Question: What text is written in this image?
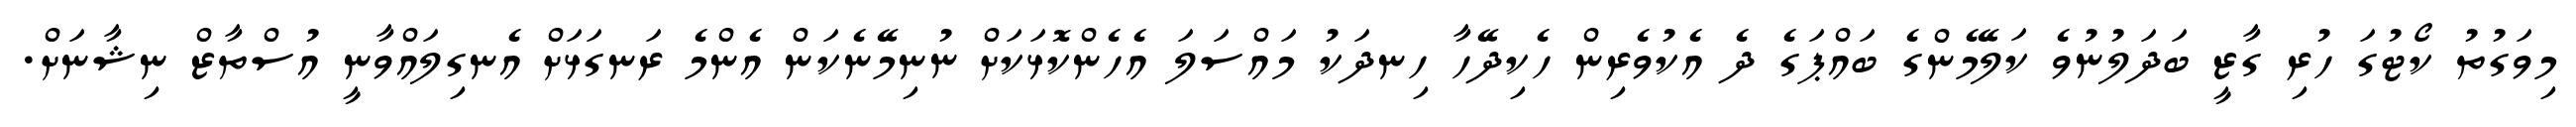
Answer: މިވަގުތު ކޯޓުގަ ހުރި ގާޒީ ބަދަލުނުވެ ކަލޭމެންގެ ބައްޕަގެ ދެ އެކުވެރިން ހެކިދޭހާ ހިނދަކު މައްސަލަ އެހެންކޮޅަކަށް ނުނިމޭނެކަން އެންމެ ރަނގަޅަށް އެނގިލައްވާނީ އުސްތާޒް ނިޝާނަށް.